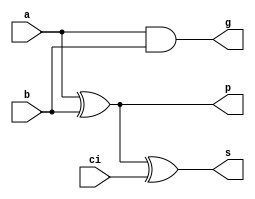
module cla_fa (
    input             a,
    input             b,
    input             ci,

    output            g,
    output            p,
    output            s
);

assign g = a & b;
assign p = a ^ b;
assign s = p ^ ci;

endmodule